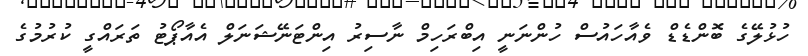
ހުޅުލޭގެ ބޮންޑެޑް ވެއާހައުސް ހުންނަނީ އިބްރަހިމް ނާސިރު އިންޓަނޭޝަނަލް އެއާޕޯޓު ތަރައްގީ ކުރުމުގެ